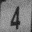
Digit: 4